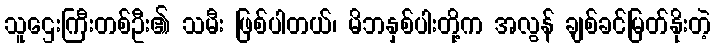
သူဌေးကြီးတစ်ဦး၏ သမီး ဖြစ်ပါတယ်၊ မိဘနှစ်ပါးတို့က အလွန် ချစ်ခင်မြတ်နိုးတဲ့